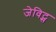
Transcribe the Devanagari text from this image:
जेविट्स